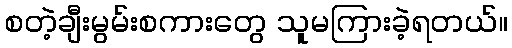
စတဲ့ချီးမွမ်းစကားတွေ သူမကြားခဲ့ရတယ်။